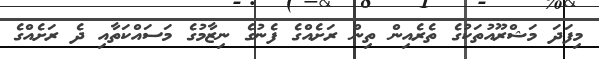
މިފަދަ މަޝްރޫއުތަކުގެ ތެރެއިން ތިން ރަށެއްގެ ފެނުގެ ނިޒާމުގެ މަސައްކަތާއި ދެ ރަށެއްގެ